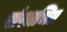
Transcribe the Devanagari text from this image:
संस्तभित